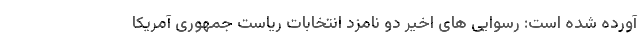
آورده شده است: رسوایی های اخیر دو نامزد انتخابات ریاست جمهوری آمریکا